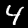
Label: 4